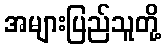
အများပြည်သူတို့